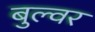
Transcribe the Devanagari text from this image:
बुल्वर